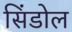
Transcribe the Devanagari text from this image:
सिंडोल